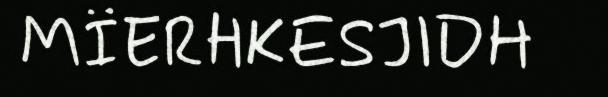
MÏERHKESJIDH